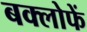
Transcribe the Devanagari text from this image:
बक्लोफें